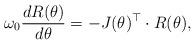
LaTeX: \begin{align*}\omega_0\frac{dR(\theta)}{d\theta}=-J(\theta)^{\top}\cdot R(\theta),\end{align*}